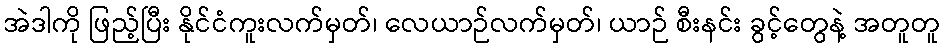
အဲဒါကို ဖြည့်ပြီး နိုင်ငံကူးလက်မှတ်၊ လေယာဉ်လက်မှတ်၊ ယာဉ် စီးနင်း ခွင့်တွေနဲ့ အတူတူ